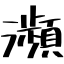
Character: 瀕